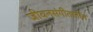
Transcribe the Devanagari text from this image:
जीवनसंगीतातील